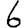
Digit: 6